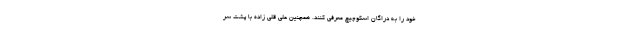
خود را به دراگان اسکوچیچ معرفی کنند. همچنین علی قلی زاده با پشت سر